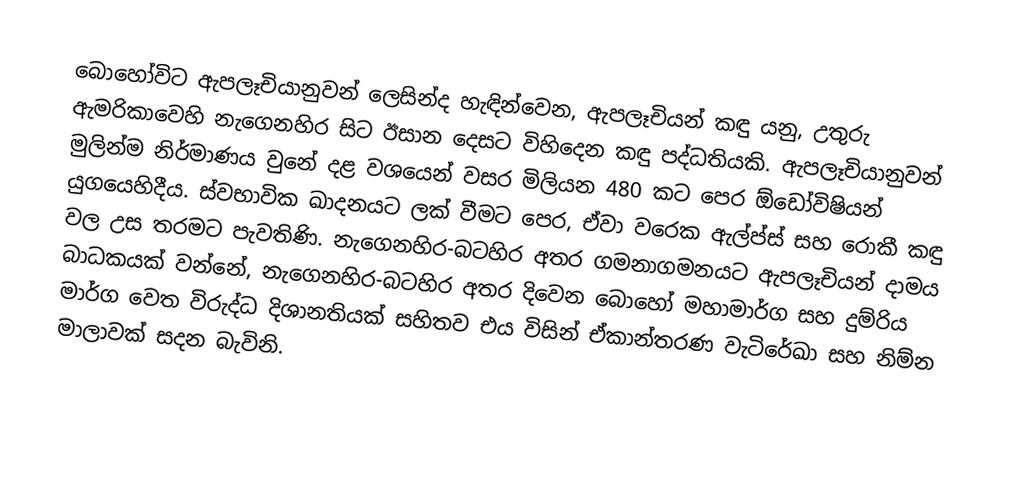
බොහෝවිට ඇපලෑචියානුවන් ලෙසින්ද හැඳින්වෙන, ඇපලෑචියන් කඳු යනු, උතුරු ඇමරිකාවෙහි නැගෙනහිර සිට ඊසාන දෙසට විහිදෙන    කඳු පද්ධතියකි. ඇපලෑචියානුවන් මුලින්ම නිර්මාණය වුනේ දළ වශයෙන් වසර මිලියන 480 කට පෙර  ඕඩෝවිෂියන් යුගයෙහිදීය. ස්වභාවික ඛාදනයට ලක් වීමට පෙර, ඒවා වරෙක ඇල්ප්ස් සහ රොකී කඳු වල උස තරමට පැවතිණි. නැගෙනහිර-බටහිර අතර ගමනාගමනයට ඇපලෑචියන් දාමය බාධකයක් වන්නේ, නැගෙනහිර-බටහිර අතර දිවෙන බොහෝ මහාමාර්ග සහ දුම්රිය මාර්ග වෙත විරුද්ධ දිශානතියක් සහිතව එය විසින්  ඒකාන්තරණ වැටිරේඛා සහ නිම්න මාලාවක් සදන බැවිනි.